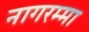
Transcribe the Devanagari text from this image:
नागरम्मा